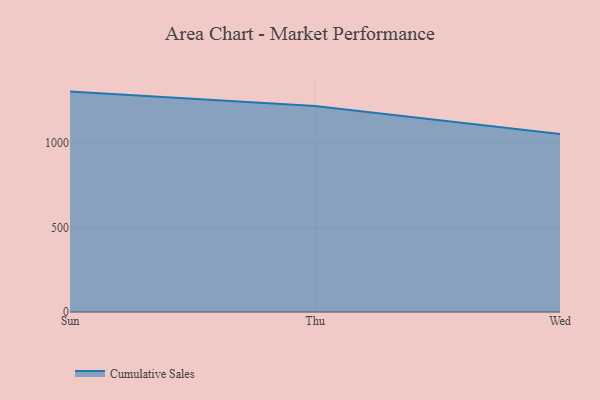
{"axis": {"x": "Day", "y": "Operating Costs (USD K)"}, "legend": ["Cumulative Sales"], "data": [{"x": "Sun", "y": 1303.4, "type": "Cumulative Sales"}, {"x": "Thu", "y": 1218.1, "type": "Cumulative Sales"}, {"x": "Wed", "y": 1052.8, "type": "Cumulative Sales"}]}